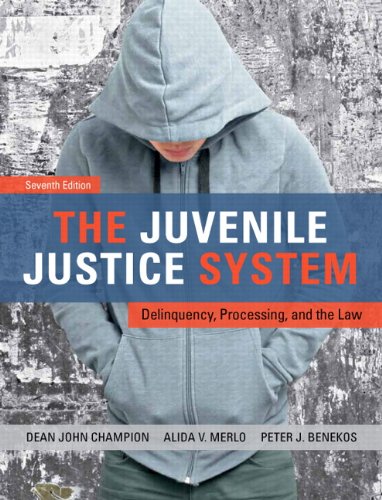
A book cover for The Juvenile Justice System: Delinquency, Processing, and the Law (7th Edition); Dean J. Champion; Law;